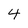
Character: 4